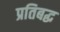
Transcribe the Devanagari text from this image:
प्रतिबद्ध